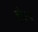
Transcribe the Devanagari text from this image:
हँडल